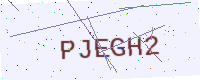
Text: PJEGH2